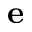
\mathbf { e }